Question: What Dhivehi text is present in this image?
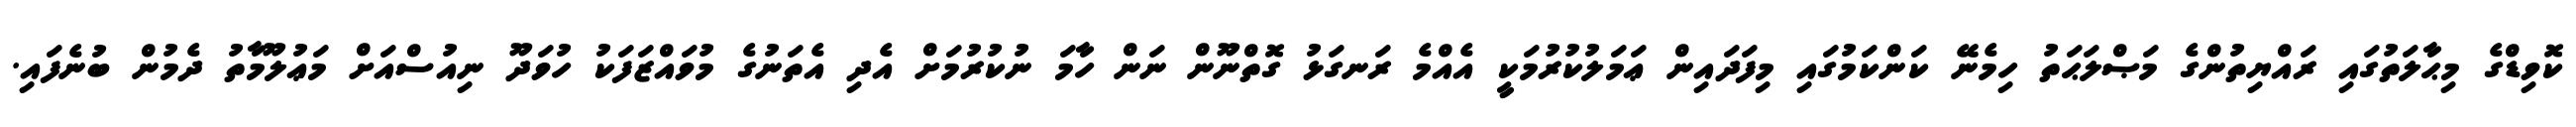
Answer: ކޮވިޑްގެ މިޙާލަތުގައި ރައްޔިތުންގެ މަޞްލަޙަތު ހިމެނޭ ކަންކަމުގައި މިފަދައިން ޢަމަލުކުރުމަކީ އެއްމެ ރަނގަޅު ގޮތްނޫން ނަން ހާމަ ނުކުރުމަށް އެދި އެތަނުގެ މުވައްޒަފަކު ހުވަދޫ ނިއުސްއަށް މަޢުލޫމާތު ދެމުން ބުނެފައި.